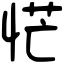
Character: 恾